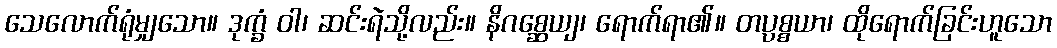
သေလောက်ရုံမျှသော။ ဒုက္ခံ ဝါ၊ ဆင်းရဲသို့လည်း။ နိဂစ္ဆေယျ၊ ရောက်ရာ၏။ တပ္ပစ္စယာ၊ ထိုရောက်ခြင်းဟူသော